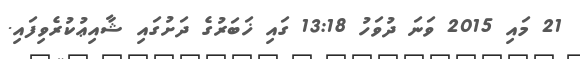
21 މައި 2015 ވަނަ ދުވަހު 13:18 ގައި ޚަބަރުގެ ދަށުގައި ޝާއިޢުކުރެވިފައި.